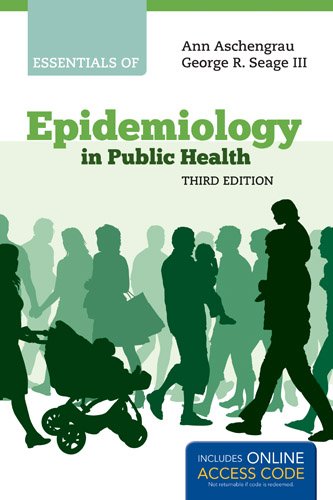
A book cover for Essentials Of Epidemiology In Public Health; Ann Aschengrau; Medical Books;